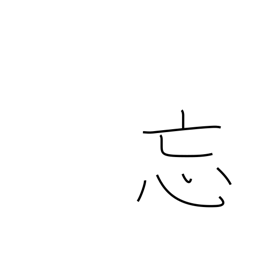
Meaning: forget